Report on enteric fever
Disease focus: Fever
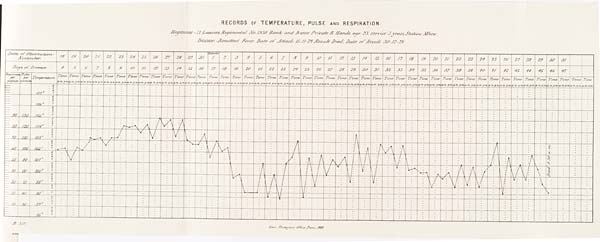
RECORDS OF TEMPERATURE, PULSE AND RESPIRATION.
Regiment – 17 Lancers, Regimental No. 1930, Rank and Name Private B. Hands, age 23, service 3 years, Station Mhow.
Disease – Remittent Fever, Date of Attack 15-11-79, Result Died, Date of Result 30-12-79.
B. 357.
Govt. Photozinco: Office, Poona 1883.